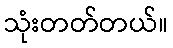
သုံးတတ်တယ်။